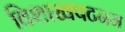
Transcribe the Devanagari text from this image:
विशाखपटनम